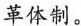
革体制。